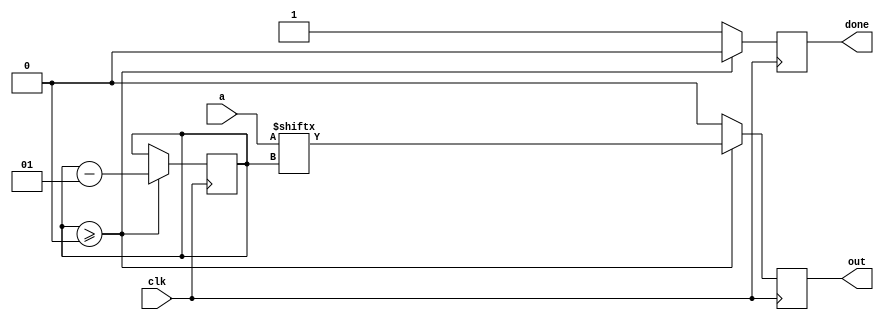
module shifter(a, out, done, clk);
    input [23 : 0] a;
    input clk;
    output out;
    output done;
    integer nums = 23;

    reg out;
    reg done;
    always@(negedge clk) begin
        if(nums >= 0) begin
            out = a[nums];
            nums = nums - 1;
            done = 0;
        end       
        else begin
            out = 0;
            done = 1;
        end
    end
endmodule

// module testbench1();
//     reg[23 : 0] a;
//     reg clk;
//     wire out;

//     shifter shf(a, out, clk);
//     integer i;
//     initial begin
//         //$monitor($time, " a = %24b, out = %b", a, out);
//         #1 a = 24'b00101010111110001111111;

//         for(i = 0; i < 30; i = i + 1) begin
//             #1clk = 1;
//             #1clk = 0;
//             $display("a = %24b, out = %b", a, out);
//         end
//     end
// endmodule